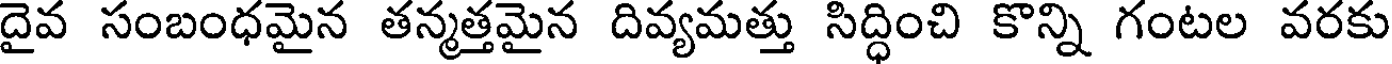
దైవ సంబంధమైన తన్మత్తమైన దివ్యమత్తు సిద్ధించి కొన్ని గంటల వరకు